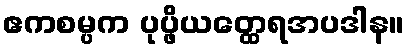
ဧကစမ္ပက ပုပ္ဖိယတ္ထေရအပဒါန။